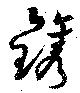
鐫